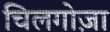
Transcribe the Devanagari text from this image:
चिलगोज़ा